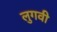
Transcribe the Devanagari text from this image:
लुगवी